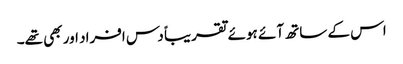
اس کے ساتھ آئے ہوئے تقریباً دس افراد اور بھی تھے۔